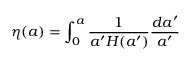
\eta ( a ) = \int _ { 0 } ^ { a } { \frac { 1 } { a ^ { \prime } H ( a ^ { \prime } ) } } { \frac { d a ^ { \prime } } { a ^ { \prime } } }